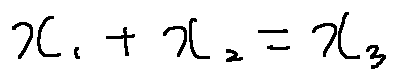
x _ { 1 } + x _ { 2 } = x _ { 3 }